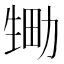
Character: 𱰘